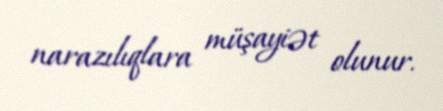
narazılıqlara müşayiət olunur.